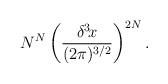
LaTeX: \begin{align*}N^N\left({\delta^3\!x\over(2\pi)^{3/2}}\right)^{2N}.\end{align*}